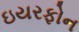
ઇયરફોન